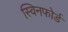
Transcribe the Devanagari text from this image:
स्विनफोर्ड